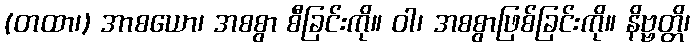
(တထာ၊) အာစယော၊ အစစွာ စီခြင်းကို။ ဝါ၊ အစစွာဖြစ်ခြင်းကို။ နိဗ္ဗတ္တိ၊